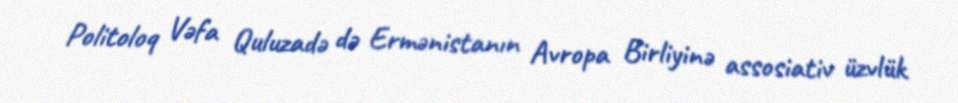
Politoloq Vəfa Quluzadə də Ermənistanın Avropa Birliyinə assosiativ üzvlük